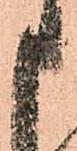
申